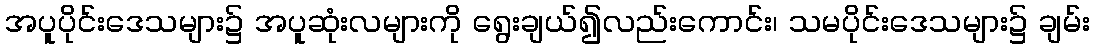
အပူပိုင်းဒေသများ၌ အပူဆုံးလများကို ရွေးချယ်၍လည်းကောင်း၊ သမပိုင်းဒေသများ၌ ချမ်း